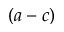
( a - c )